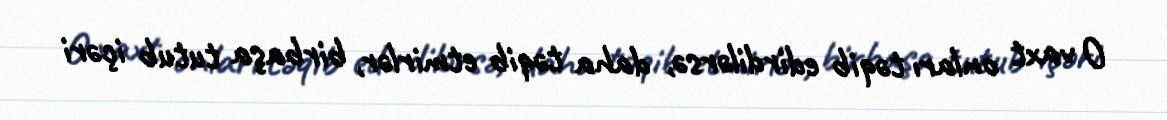
O vaxt onları təqib edirdilərsə, daha təqib etmirlər, birbaşa tutub içəri